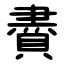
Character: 賮